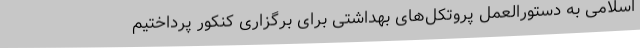
اسلامی به دستورالعمل‌ پروتکل‌های بهداشتی برای برگزاری کنکور پرداختیم